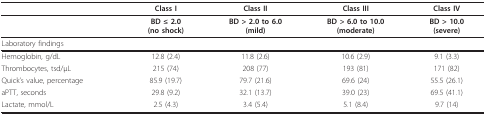
|  | Class I | Class II | Class III | Class IV |
 | --- | --- | --- | --- | --- |
 |  | BD ≤ 2.0(no shock) | BD > 2.0 to 6.0(mild) | BD > 6.0 to 10.0(moderate) | BD > 10.0(severe) |
 | Laboratory findings |  |  |  |  |
 | Hemoglobin, g/dL | 12.8 (2.4) | 11.8 (2.6) | 10.6 (2.9) | 9.1 (3.3) |
 | Thrombocytes, tsd/μL | 215 (74) | 208 (77) | 193 (81) | 171 (82) |
 | Quick's value, percentage | 85.9 (19.7) | 79.7 (21.6) | 69.6 (24) | 55.5 (26.1) |
 | aPTT, seconds | 29.8 (9.2) | 32.1 (13.7) | 39.0 (23) | 69.5 (41.1) |
 | Lactate, mmol/L | 2.5 (4.3) | 3.4 (5.4) | 5.1 (8.4) | 9.7 (14) |